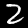
Digit: 2